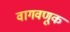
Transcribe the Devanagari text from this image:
वागवणूक